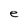
Character: e